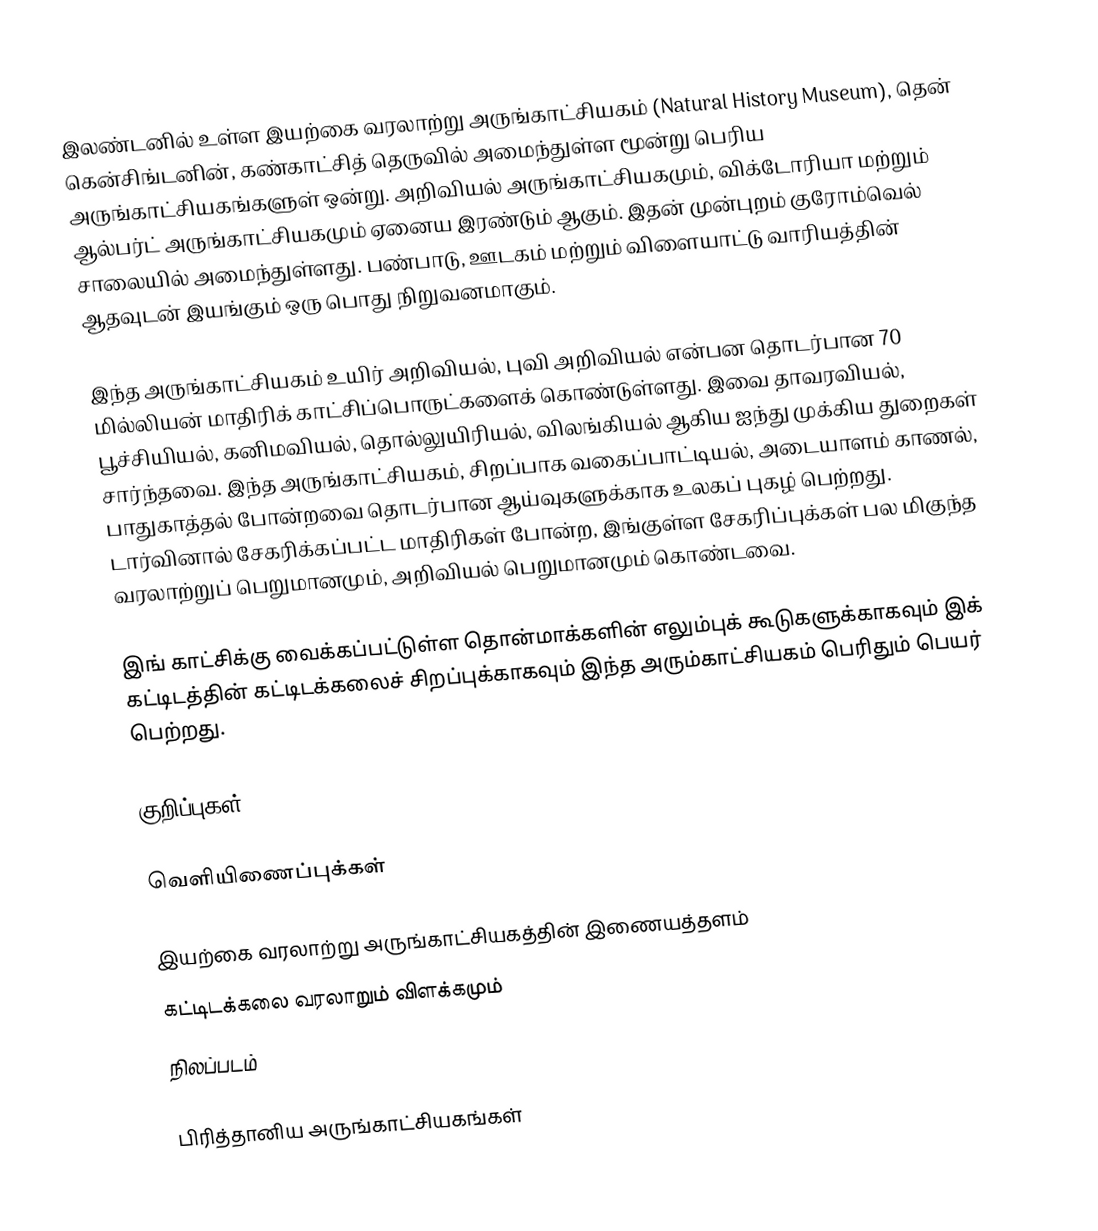
இலண்டனில் உள்ள இயற்கை வரலாற்று அருங்காட்சியகம் (Natural History Museum), தென் கென்சிங்டனின், கண்காட்சித் தெருவில் அமைந்துள்ள மூன்று பெரிய அருங்காட்சியகங்களுள் ஒன்று. அறிவியல் அருங்காட்சியகமும், விக்டோரியா மற்றும் ஆல்பர்ட் அருங்காட்சியகமும் ஏனைய இரண்டும் ஆகும். இதன் முன்புறம் குரோம்வெல் சாலையில் அமைந்துள்ளது. பண்பாடு, ஊடகம் மற்றும் விளையாட்டு வாரியத்தின் ஆதவுடன் இயங்கும் ஒரு பொது நிறுவனமாகும்.

இந்த அருங்காட்சியகம் உயிர் அறிவியல், புவி அறிவியல் என்பன தொடர்பான 70 மில்லியன் மாதிரிக் காட்சிப்பொருட்களைக் கொண்டுள்ளது. இவை தாவரவியல், பூச்சியியல், கனிமவியல், தொல்லுயிரியல், விலங்கியல் ஆகிய ஐந்து முக்கிய துறைகள் சார்ந்தவை. இந்த அருங்காட்சியகம், சிறப்பாக வகைப்பாட்டியல், அடையாளம் காணல், பாதுகாத்தல் போன்றவை தொடர்பான ஆய்வுகளுக்காக உலகப் புகழ் பெற்றது. டார்வினால் சேகரிக்கப்பட்ட மாதிரிகள் போன்ற, இங்குள்ள சேகரிப்புக்கள் பல மிகுந்த வரலாற்றுப் பெறுமானமும், அறிவியல் பெறுமானமும் கொண்டவை.

இங் காட்சிக்கு வைக்கப்பட்டுள்ள தொன்மாக்களின் எலும்புக் கூடுகளுக்காகவும் இக் கட்டிடத்தின் கட்டிடக்கலைச் சிறப்புக்காகவும் இந்த அரும்காட்சியகம் பெரிதும் பெயர் பெற்றது.

குறிப்புகள்

வெளியிணைப்புக்கள்

 இயற்கை வரலாற்று அருங்காட்சியகத்தின் இணையத்தளம்
 கட்டிடக்கலை வரலாறும் விளக்கமும்
  நிலப்படம்

பிரித்தானிய அருங்காட்சியகங்கள்